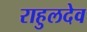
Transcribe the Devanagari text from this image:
राहुलदेव